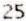
25